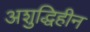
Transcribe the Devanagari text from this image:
अशुद्धिहीन